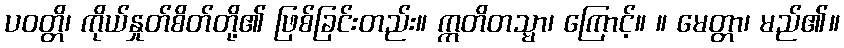
ပဝတ္တိ၊ ကိုယ်နှုတ်စိတ်တို့၏ ဖြစ်ခြင်းတည်း။ ဣတိတသ္မာ၊ ကြောင့်။ ။ မေတ္တာ၊ မည်၏။